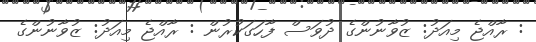
: ރާއްޖެ މިއަދު: ޒުވާނުންގެ ދުވަސް ފާހަގަކުރުން : ރާއްޖެ މިއަދު: ޒުވާނުންގެ